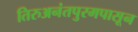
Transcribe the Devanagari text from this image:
तिरुअनंतपुरमपासून